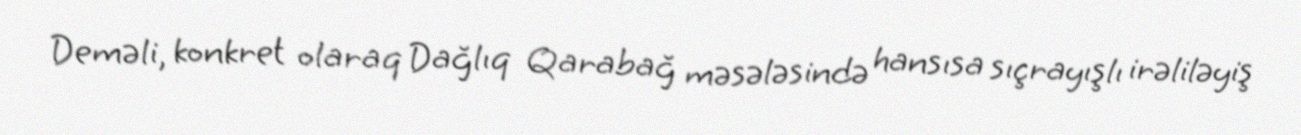
Deməli, konkret olaraq Dağlıq Qarabağ məsələsində hansısa sıçrayışlı irəliləyiş